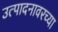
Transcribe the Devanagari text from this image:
उत्पादनावरच्या